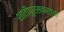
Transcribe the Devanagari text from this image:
शांतीपुरस्कर्त्या